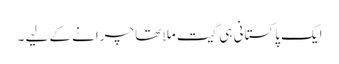
ایک پاکستانی ہی گیت ملا تھا چرانے کے لیے ۔